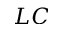
L C